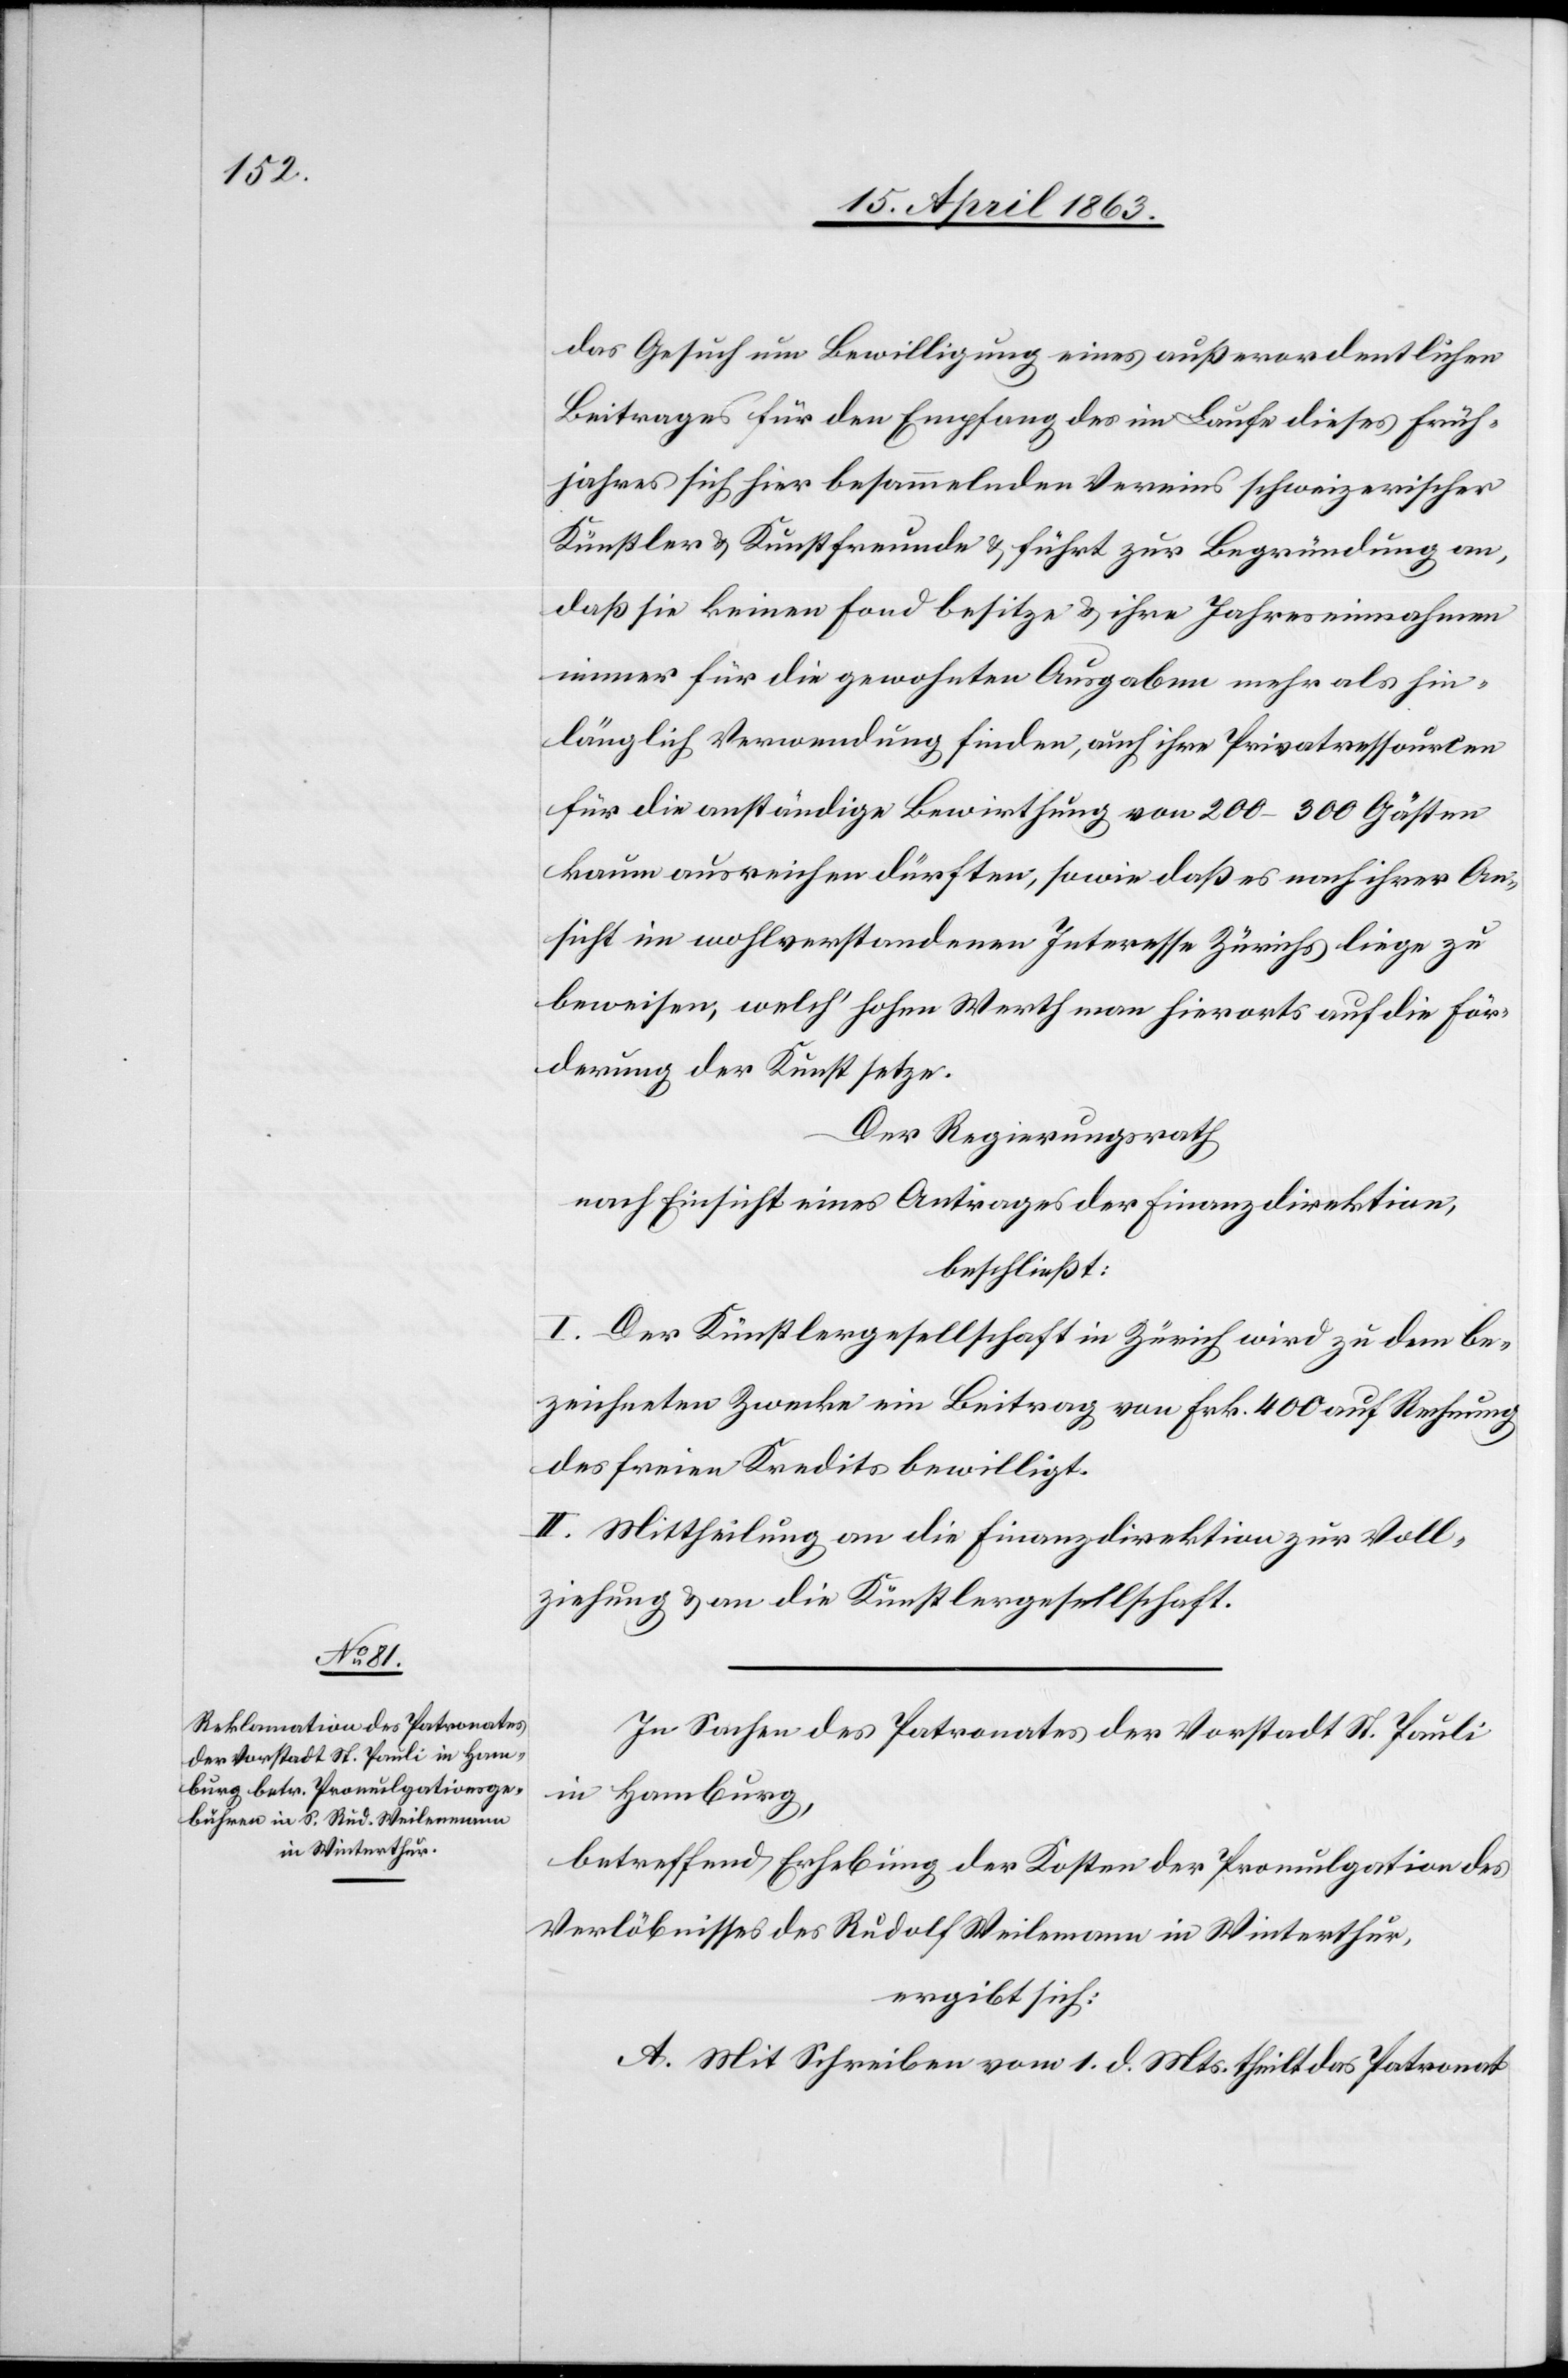
das Gesuch um Bewilligung eines außerordentlichen
Beitrages für den Empfang des im Laufe dieses Früh¬
jahres sich hier besammelnden Vereins schweizerischer
Künstler & Kunstfreunde & führt zur Begründung an,
daß sie keinen Fond besitze & ihre Jahreseinnahmen
immer für die gewohnten Ausgaben mehr als hin¬
länglich Verwendung finden, auch ihre Privatressourcen
für die anständige Bewirthung von 200–300 Gästen
kaum ausreichen dürften, sowie daß es nach ihrer An¬
sicht im wohlverstandenen Interesse Zürichs liege zu
beweisen, welch' hohen Werth man hierorts auf die För¬
derung der Kunst setze.
Der Regierungsrath
nach Einsicht eines Antrages der Finanzdirektion,
beschließt:
I. Der Künstlergesellschaft in Zürich wird zu dem be¬
zeichneten Zwecke ein Beitrag von Frk. 400 auf Rechnung
des freien Kredits bewilligt.
II. Mittheilung an die Finanzdirektion zur Voll¬
ziehung & an die Künstlergesellschaft.
In Sachen des Patronates der Vorstadt St. Pauli
in Hamburg,
betreffend Erhebung der Kosten der Promulgation des
Verlöbnisses des Rudolf Weilemann in Winterthur,
ergibt sich:
A. Mit Schreiben vom 1. d. Mts. theilt das Patronat